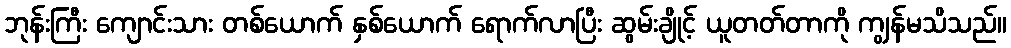
ဘုန်းကြီး ကျောင်းသား တစ်ယောက် နှစ်ယောက် ရောက်လာပြီး ဆွမ်းချိုင့် ယူတတ်တာကို ကျွန်မသိသည်။